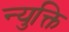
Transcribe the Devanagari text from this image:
न्युक्ति